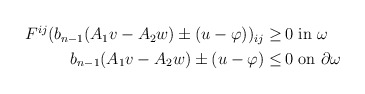
\begin{align*}\begin{aligned}F^{ij} (b_{n-1} (A_1 v - A_2 w) \pm (u - \varphi))_{ij} \geq \,& 0 \mbox{ in } \omega\\ b_{n-1} (A_1 v - A_2 w) \pm (u - \varphi) \leq \,& 0 \mbox{ on } \partial \omega\end{aligned}\end{align*}